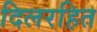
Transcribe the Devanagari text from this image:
दिलरहित